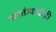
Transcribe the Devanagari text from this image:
स्वातंत्र्याचीही